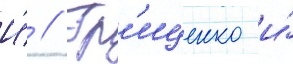
И́ // Гр'иценко и́